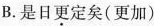
B.是日\underset{·}{更}定矣(更加)